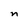
Character: n